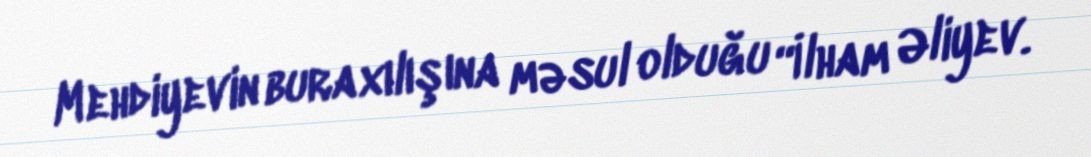
Mehdiyevin buraxılışına məsul olduğu “İlham Əliyev.